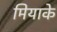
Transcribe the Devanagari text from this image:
मियाके